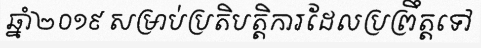
ឆ្នាំ២០១៩ សម្រាប់ប្រតិបត្តិការដែលប្រព្រឹត្តទៅ